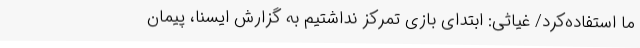
ما استفاده‌کرد/ غیاثی: ابتدای بازی تمرکز نداشتیم به گزارش ایسنا، پیمان